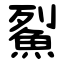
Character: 鮤